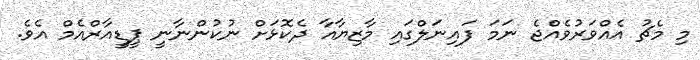
މި މެޗު އެއްވަރުވެއްޖެ ނަމަ ފައިނަލްގައި މާޒިޔާއާ ދެކޮޅަށް ނުކުންނާނީ ޕީޑީއާރްއެމް އެވެ.